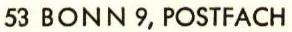
53 BONN 9, POSTFACH